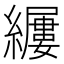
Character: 𫄎